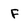
Character: F